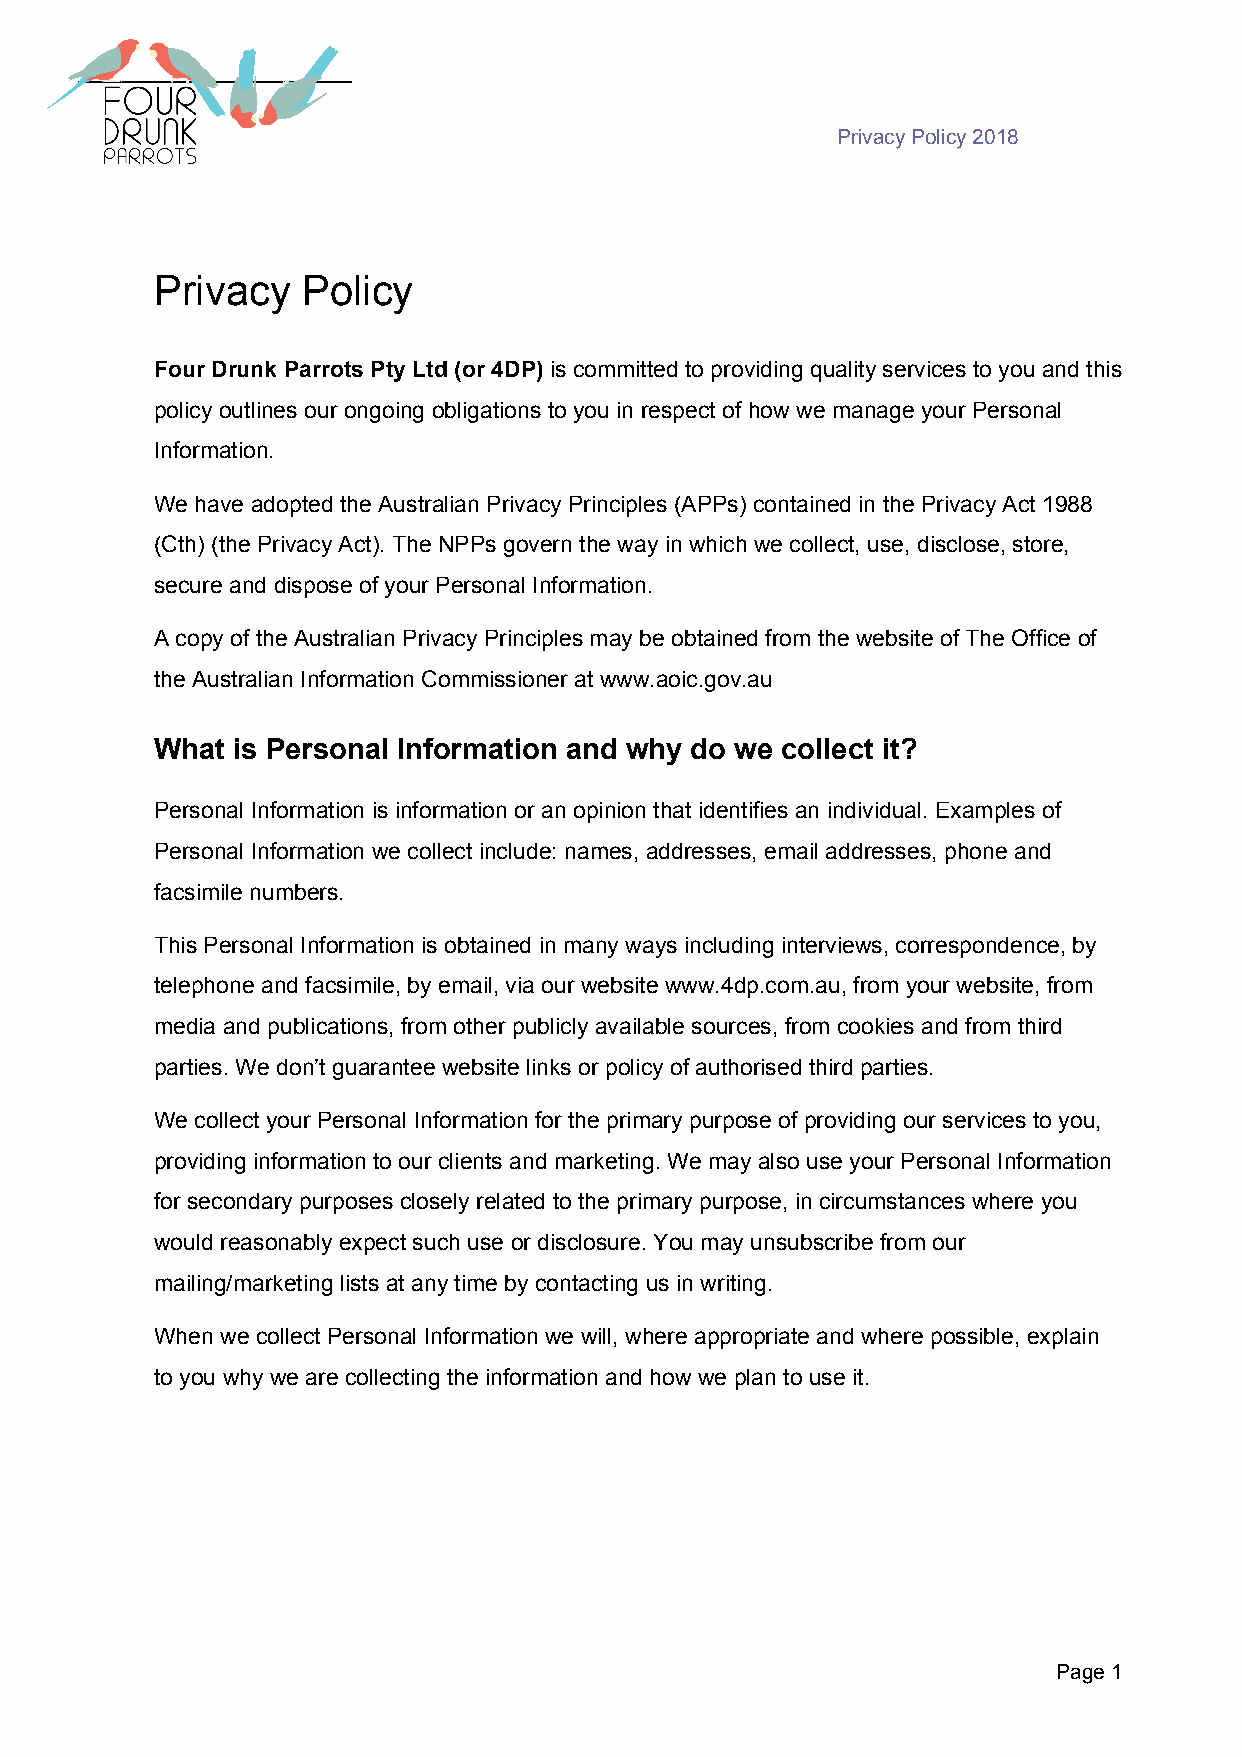
Privacy Policy 2018
 Privacy   Policy
 Four Drunk Parrots Pty Ltd (or 4DP) is committed to providing quality services to you and this
 ​​
 policy outlines our ongoing obligations to you in respect of how we manage your Personal
 Information.
 We have adopted the Australian Privacy Principles (APPs) contained in the Privacy Act 1988
 (Cth) (the Privacy Act). The NPPs govern the way in which we collect, use, disclose, store,
 secure and dispose of your Personal Information.
 A copy of the Australian Privacy Principles may be obtained from the website of The Office of
 the Australian Information Commissioner at www.aoic.gov.au
 What is Personal Information and why do we collect it?
 Personal Information is information or an opinion that identifies an individual. Examples of
 Personal Information we collect include: names, addresses, email addresses, phone and
 facsimile numbers.
 This Personal Information is obtained in many ways including interviews, correspondence, by
 telephone and facsimile, by email, via our website www.4dp.com.au, from your website, from
 media and publications, from other publicly available sources, from cookies and from third
 ​ ​​
 parties. We don’t guarantee website links or policy of authorised third parties.
 We collect your Personal Information for the primary purpose of providing our services to you,
 providing information to our clients and marketing. We may also use your Personal Information
 for secondary purposes closely related to the primary purpose, in circumstances where you
 would reasonably expect such use or disclosure. You may unsubscribe from our
 mailing/marketing lists at any time by contacting us in writing.
 When we collect Personal Information we will, where appropriate and where possible, explain
 to you why we are collecting the information and how we plan to use it.
 Page 1